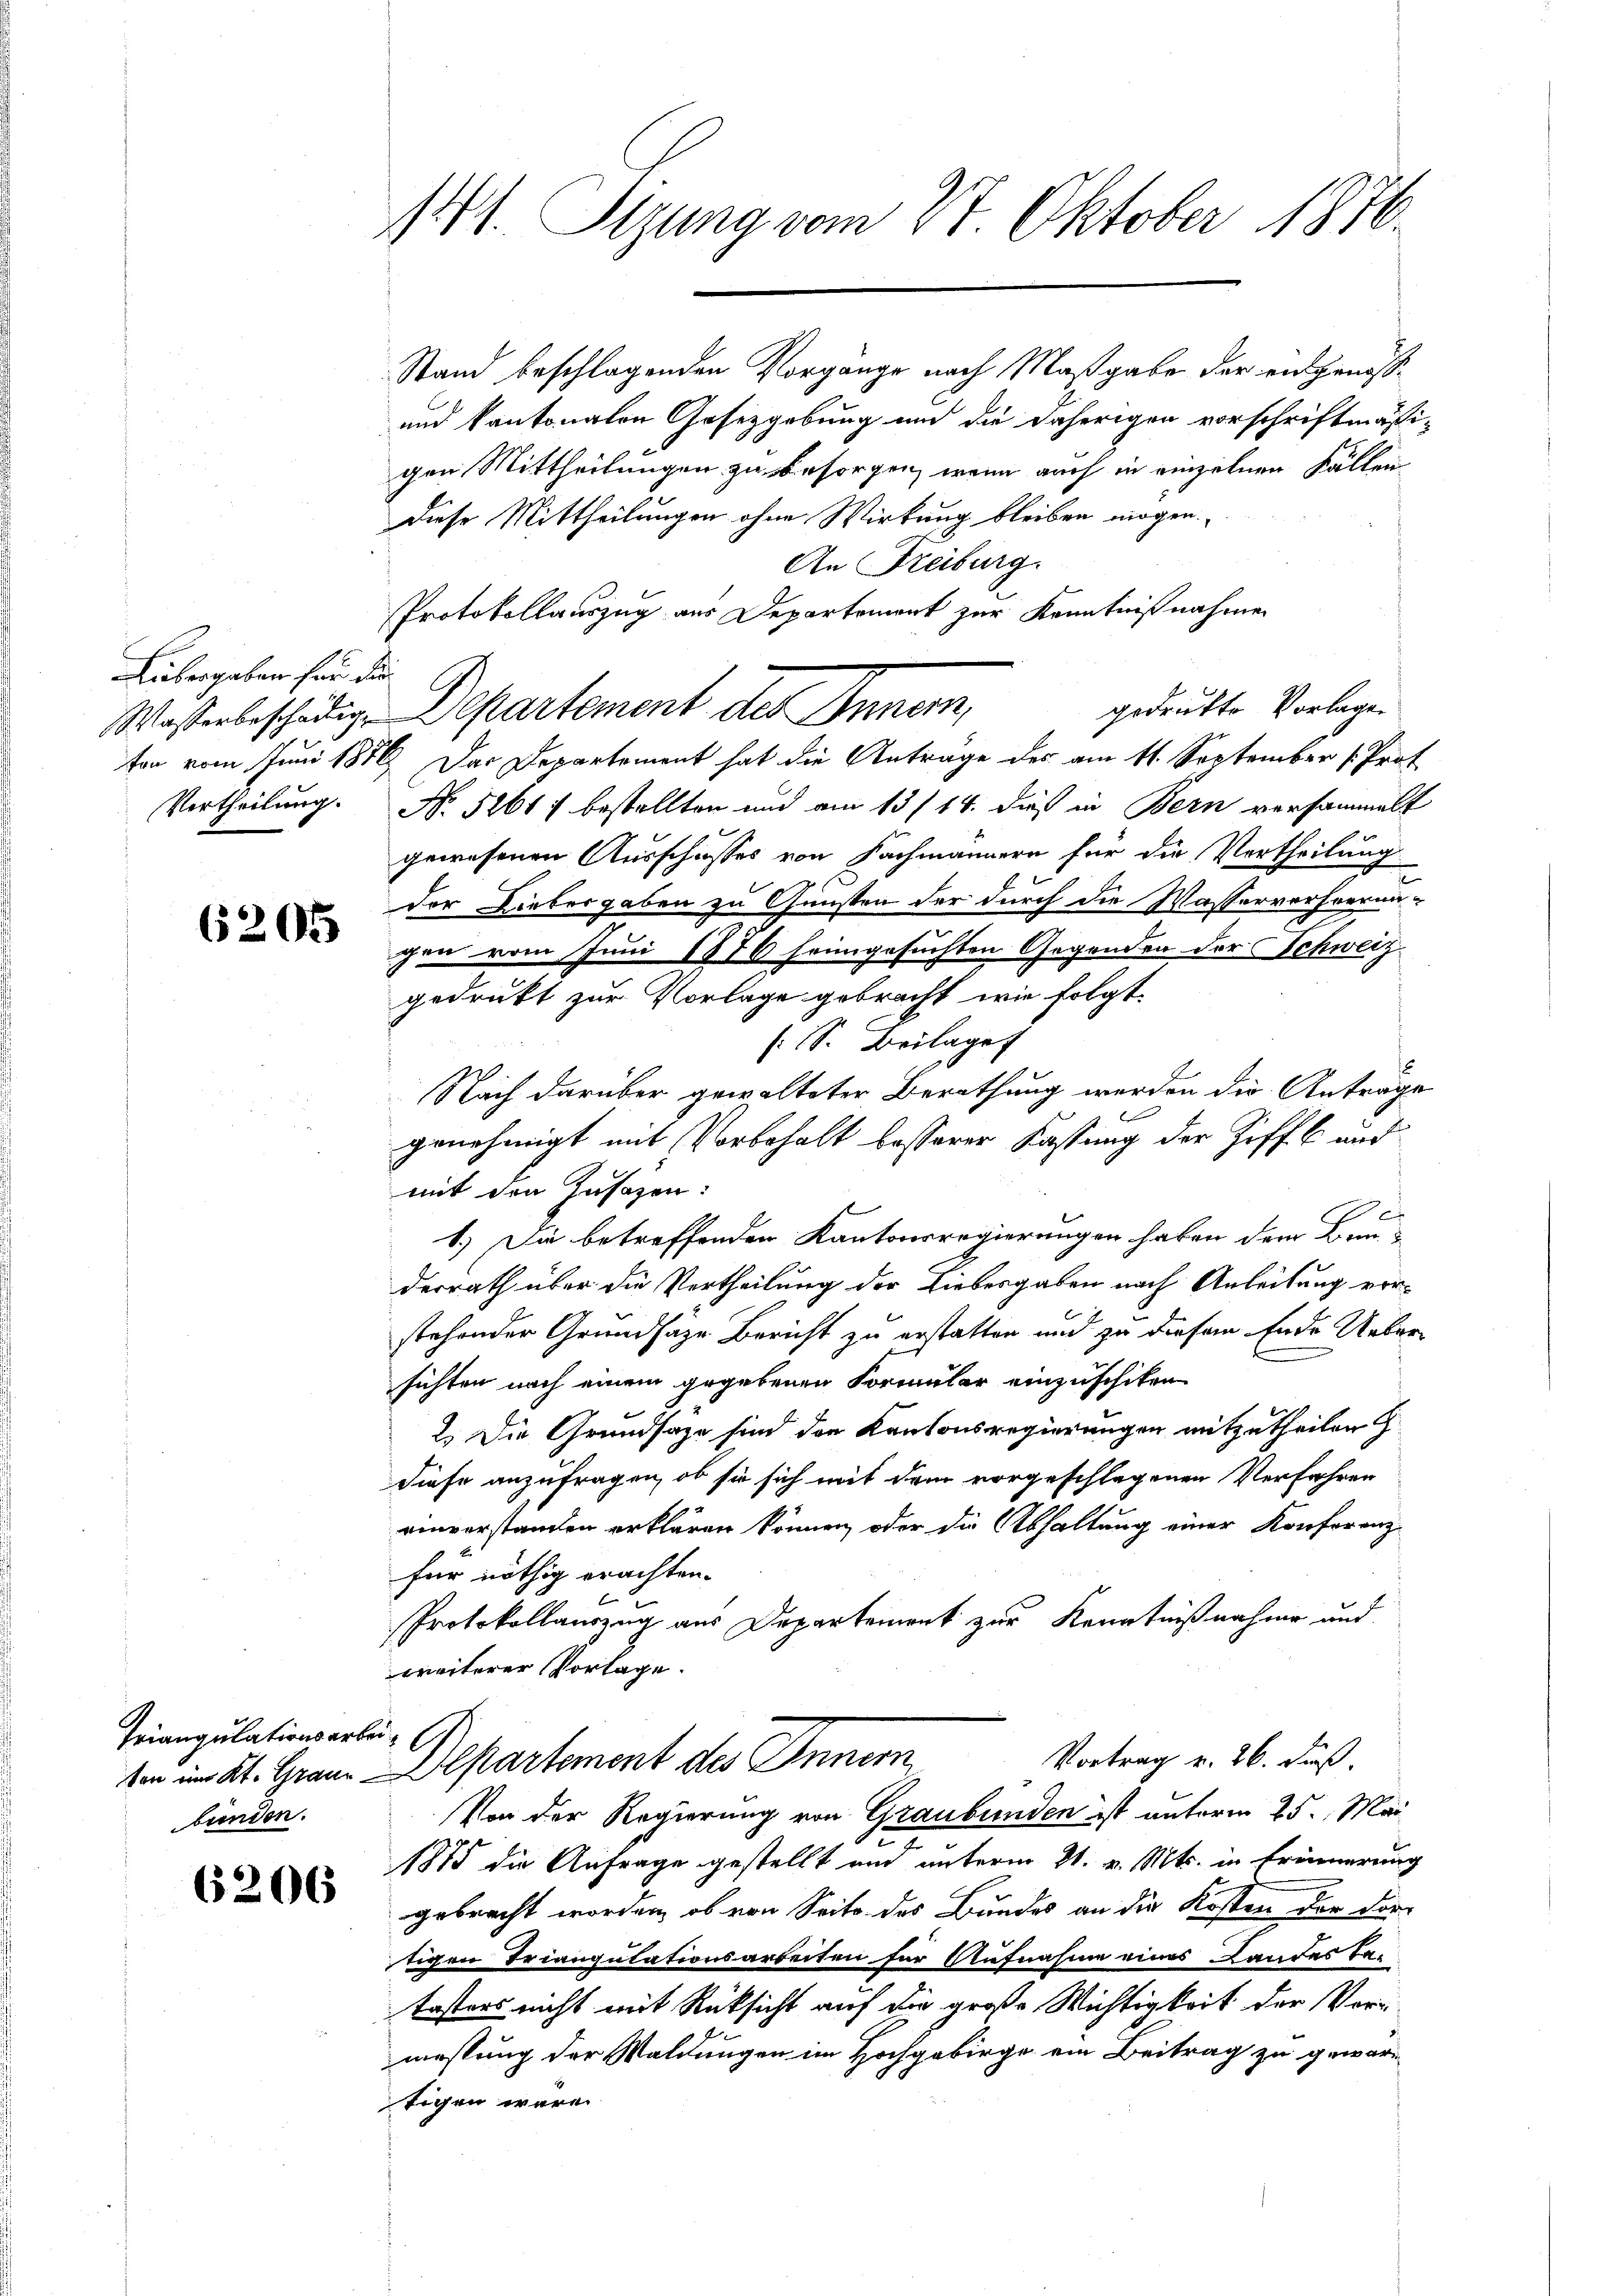
Lübergaben für die
Vertheilung.

6205

Triangulationsarbei-
bünden.

6206

141. Sizung vom 27. Oktober 1876.

Stand beschlagenden Vorgange nach Maßgabe der entgenosse
und kantonalen Gesetzgebung und die daherigen vorschriftmäßi-
gen Mittheilungen zu besorgen, wenn auch in einzelnen Fällen
diese Mittheilungen ohne Wirkung bleiben mögen.
An Freiburg.
Protokollauszug aus Departement zur Kenntnißnahmen
gedrukte Vorlage.
Wasserbeschädig-Departement des Innern,
ton vom Juni 1876. Der Departement hat die Anträge des am 11. September Prot
No. 52617 bestellten und am 13/14. dieß in Bern versammelt
gewesenen Ausschusses von Fachmännern für die Vertheilung
der Liebergaben zu Gunsten der durch die Wasserverheerun-
gen vom Juni 1876 heimgesuchten Gegenden der Schweiz
gedruckt zur Vorlage gebracht, wie folgt
(S. Beilaget
Nach darüber gewalteter Berathung werden die Anträge
genehmigt mit Vorbehalt besserer Kastung der Ziff. 6 und
mit den Zusagen:
e
1.) Die betreffenden Kantonsregierungen haben dem Bunderrath über die Vertheilung der Liebesgaben nach Anleitung vorstehender Grundsäze Bericht zu erstatten und zu diesem Ende Uebersichten nach einem gegebenen Formular einzuschiken
2.) Die Grundsäge sind den Kantonsregierungen mitzutheilen
diese anzufragen, ob sie sich mit dem vorgeschlagenen Verfahren
einverstanden erklären können, oder die Abhaltung einer Konferenz-
für nöthig erachten.
Protokollauszug aus Departement zur Kenntnißnahme und
weiterer Vorlage.
Vortrag u. 26. Fuß.
son im Kt. Grau-Alpartement des Innern
Von der Regierung von Graubünden ist unterm 25. Mai
1875 die Anfrage gestellt und unterm 21. v. Mts. in Erinnerung
gebracht worden, ob von Seite des Bundes an die Kosten der dortigen Triangulationsarbeiten für Aufnahme eines Landes Ta-
tasters nicht mit Rücksicht auf die große Wichtigkeit der Vermessung der Waldungen im Hochgebirge ein Beitrag zu gewärtigen wäre